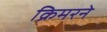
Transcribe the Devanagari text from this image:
क्रिमरने